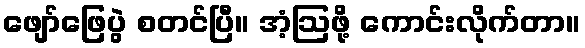
ဖျော်ဖြေပွဲ စတင်ပြီ။ အံ့ဩဖို့ ကောင်းလိုက်တာ။